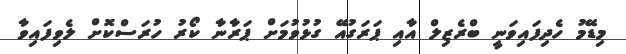
މިޑޭމު ހެދިފައިވަނީ ބްރެޒިލް އާއި ޕަރަގުއޭ ގުޅުވުމަށް ޕަރާނާ ކޯރު ހުރަސްކޮށް ލެވިފައިވާ